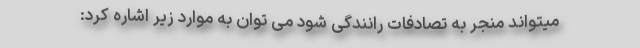
میتواند منجر به تصادفات رانندگی شود می توان به موارد زیر اشاره کرد: